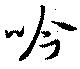
吟